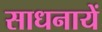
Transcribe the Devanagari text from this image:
साधनायें